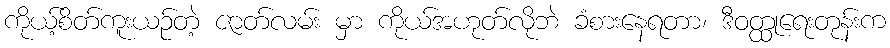
ကိုယ့်စိတ်ကူးယဉ်တဲ့ ဇာတ်လမ်း မှာ ကိုယ်အဟုတ်လိုဘဲ ခံစားနေရတာ၊ ဒီဝတ္ထုရေးတုန်းက